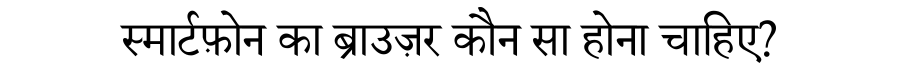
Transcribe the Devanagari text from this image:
स्मार्टफ़ोन का ब्राउज़र कौन सा होना चाहिए?